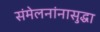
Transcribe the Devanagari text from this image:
संमेलनांनासुद्धा